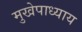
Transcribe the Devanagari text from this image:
मुखेपाध्याय